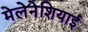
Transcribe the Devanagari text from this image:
मेलेनेशियाई